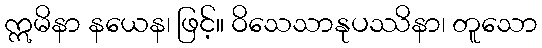
ဣမိနာ နယေန၊ ဖြင့်။ ဝိသေသာနုပဿိနာ၊ တူသော